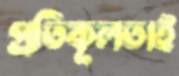
প্রতিকূলতাই